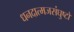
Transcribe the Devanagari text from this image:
धनदात्मजसंघुष्टो